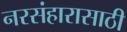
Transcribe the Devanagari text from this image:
नरसंहारासाठी